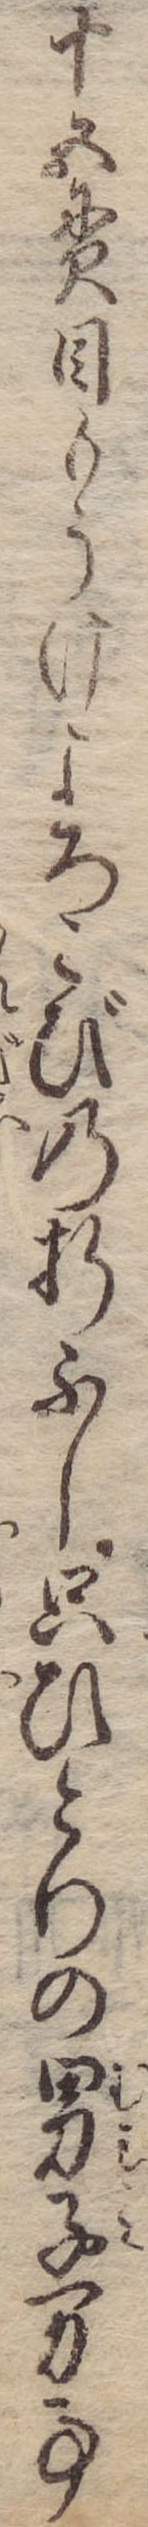
十五貫目もうけよろこびの折ふし只ひとりの男子万事